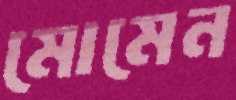
মোমেন